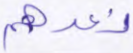
نعدهم